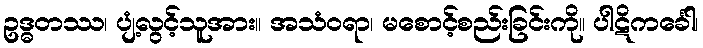
ဥဒ္ဓတဿ၊ ပျံ့လွင့်သူအား။ အသံဝရာ၊ မစောင့်စည်းခြင်းကို။ ပါဋိကင်္ခေါ၊